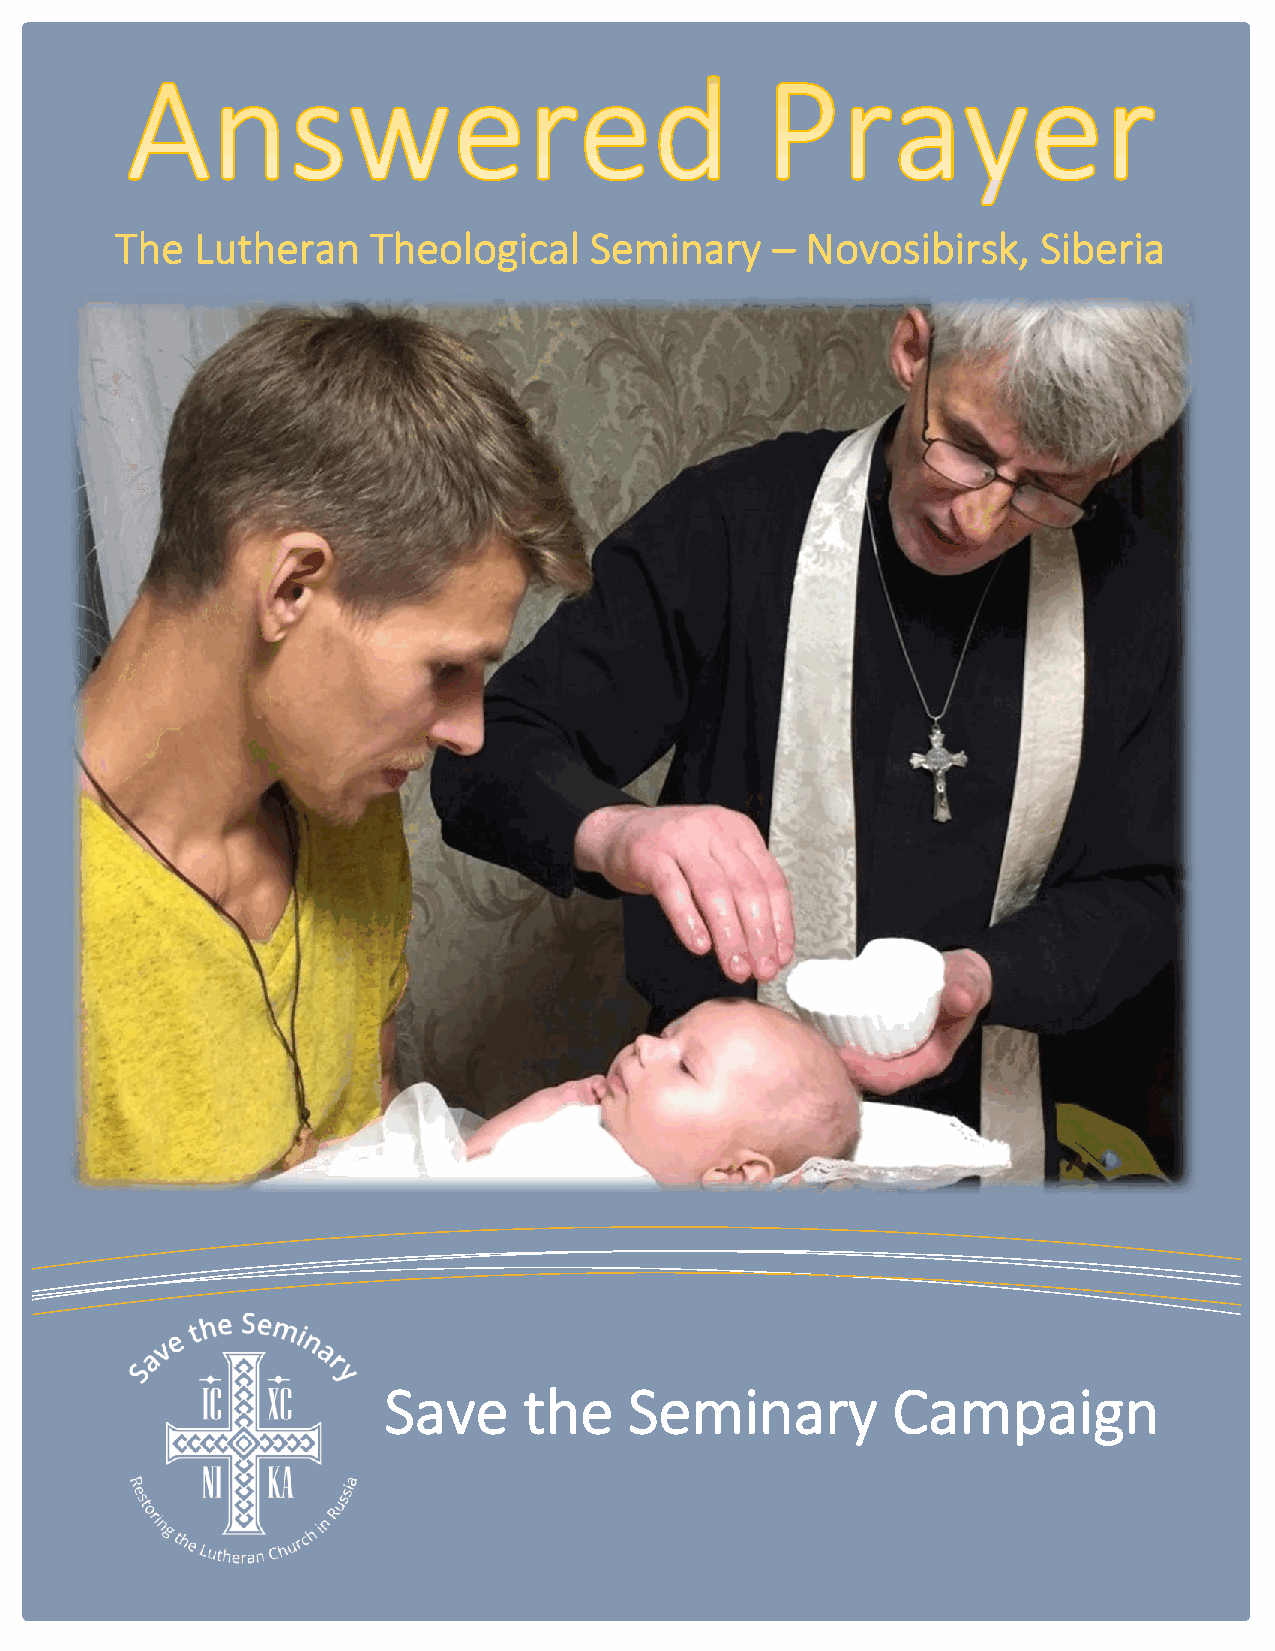
A
 The  Lutheran    Theological   Seminary    – Novosibirsk,    Siberia
 Save      the    Seminary         Campaign